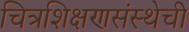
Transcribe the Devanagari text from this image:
चित्रशिक्षणसंस्थेची